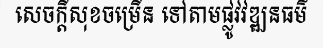
សេចក្តីសុខចម្រើន ទៅតាមផ្លូវវឌ្ឍនធម៌